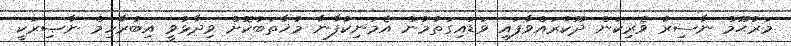
މަރުޙޫމް ނާސިރު ވެރިކަން ދޫކުރައްވާފައި ވަޑައިގަތުމުން އެމަނިކުފާނާ މުޚާތަބުކޮށް ވިދާޅުވީ އިބުރާހިމް ނާޞިރަކީ